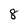
Character: 8